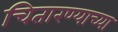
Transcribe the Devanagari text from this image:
चितारण्याच्या